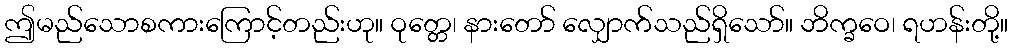
ဤမည်သောစကားကြောင့်တည်းဟု။ ဝုတ္တေ၊ နားတော် လျှောက်သည်ရှိသော်။ ဘိက္ခဝေ၊ ရဟန်းတို့။